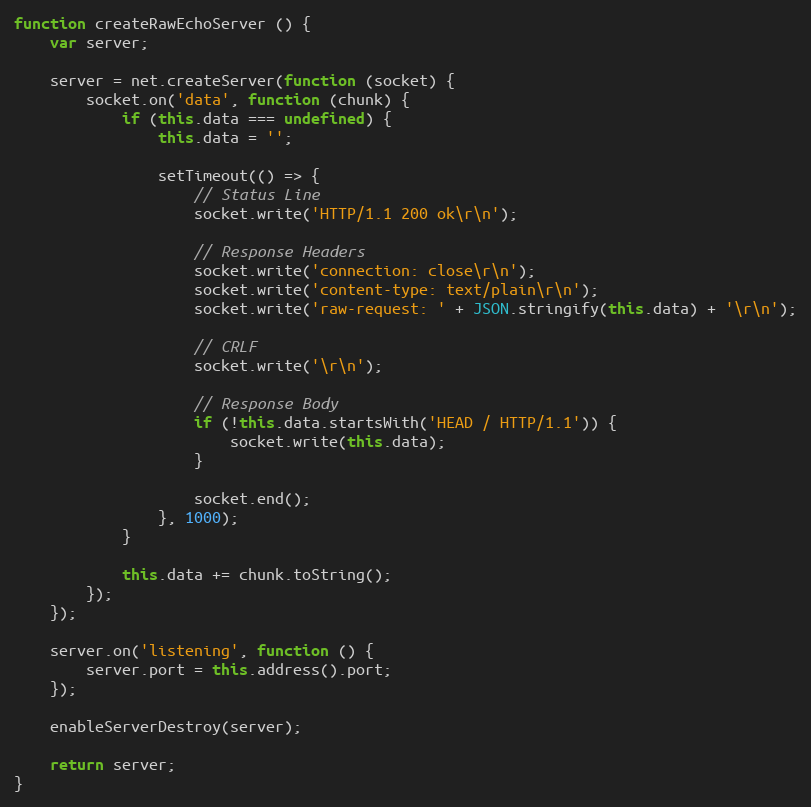
Language: JavaScript
function createRawEchoServer () {
    var server;

    server = net.createServer(function (socket) {
        socket.on('data', function (chunk) {
            if (this.data === undefined) {
                this.data = '';

                setTimeout(() => {
                    // Status Line
                    socket.write('HTTP/1.1 200 ok\r\n');

                    // Response Headers
                    socket.write('connection: close\r\n');
                    socket.write('content-type: text/plain\r\n');
                    socket.write('raw-request: ' + JSON.stringify(this.data) + '\r\n');

                    // CRLF
                    socket.write('\r\n');

                    // Response Body
                    if (!this.data.startsWith('HEAD / HTTP/1.1')) {
                        socket.write(this.data);
                    }

                    socket.end();
                }, 1000);
            }

            this.data += chunk.toString();
        });
    });

    server.on('listening', function () {
        server.port = this.address().port;
    });

    enableServerDestroy(server);

    return server;
}